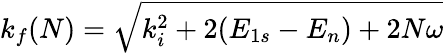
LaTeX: k_{f}(N)=\sqrt{k_{i}^{2}+2(E_{1s}-E_{n})+2N\omega}